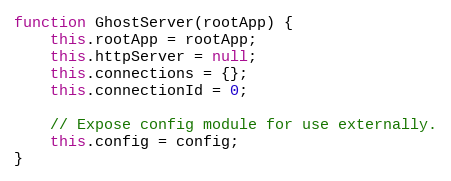
Language: JavaScript
function GhostServer(rootApp) {
    this.rootApp = rootApp;
    this.httpServer = null;
    this.connections = {};
    this.connectionId = 0;

    // Expose config module for use externally.
    this.config = config;
}